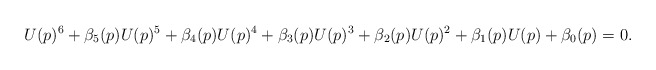
\begin{align*}U (p)^6+ \beta_5(p) U (p)^5 + \beta_4(p) U(p)^4 + \beta_3(p) U(p)^3 + \beta_2(p) U(p)^2 + \beta_1(p) U(p) + \beta_0(p) = 0.\end{align*}